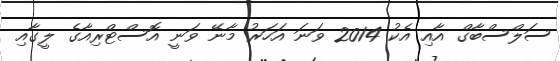
ސަލްސްބާގް އާއި އެކު 2014 ވަނަ އަހަރު މާނޭ ވަނީ އޮސްޓްރިއާގެ ލީގާއި